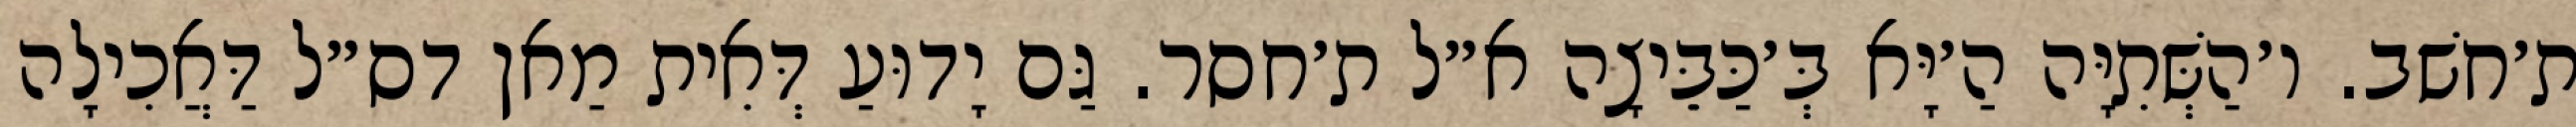
ת׳חשׁב. ו׳הַשְּׁתִיָּה הַ׳יָּא בְּ׳כַּבֵּיצָה א״ל ת׳חסר. גַּם יָדוּעַ דְּאִית מַאן דס״ל דַּאֲכִילָה